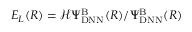
E _ { L } ( R ) = \mathcal { H } \Psi _ { \mathrm { D N N } } ^ { \mathrm { B } } ( R ) / \Psi _ { \mathrm { D N N } } ^ { \mathrm { B } } ( R )